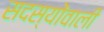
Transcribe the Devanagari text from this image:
सदस्योंवाली